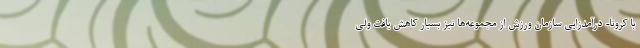
با کرونا- درآمدزایی سازمان ورزش از مجموعه‌ها نیز بسیار کاهش یافت ولی